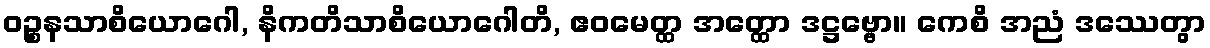
ဝဉ္စနသာစိယောဂေါ, နိကတိသာစိယောဂေါတိ, ဧဝမေတ္ထ အတ္ထော ဒဋ္ဌဗ္ဗော။ ကေစိ အညံ ဒဿေတွာ